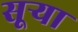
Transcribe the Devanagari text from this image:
सूऱ्या